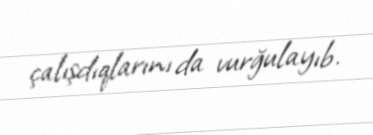
çalışdıqlarını da vurğulayıb.